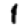
Digit: 1